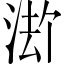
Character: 𪶏